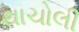
થાચોલી